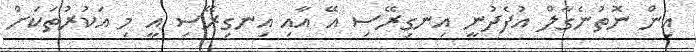
އިން ނޮތުނެގާލް އުފެދުނީ އިނގިރޭސި އޭ އާއި އިނގިރޭސި އީ މި އަކުރުތަކަށް